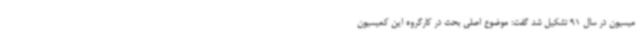
میسیون در سال 91 تشکیل شد گفت: موضوع اصلی بحث در کارگروه این کمیسیون